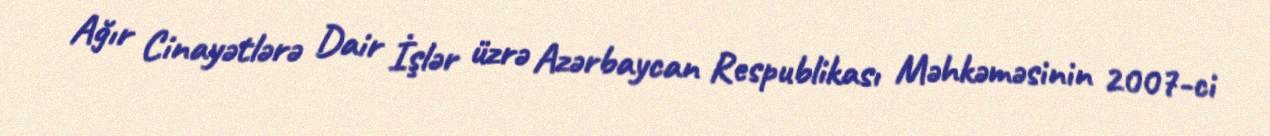
Ağır Cinayətlərə Dair İşlər üzrə Azərbaycan Respublikası Məhkəməsinin 2007-ci